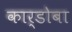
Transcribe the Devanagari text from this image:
कार्डोबा